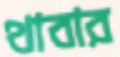
থাবার